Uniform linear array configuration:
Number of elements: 12
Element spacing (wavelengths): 0.75
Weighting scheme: cosine
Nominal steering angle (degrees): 45
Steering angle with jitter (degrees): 43.36
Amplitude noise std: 0.05
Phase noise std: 0.05

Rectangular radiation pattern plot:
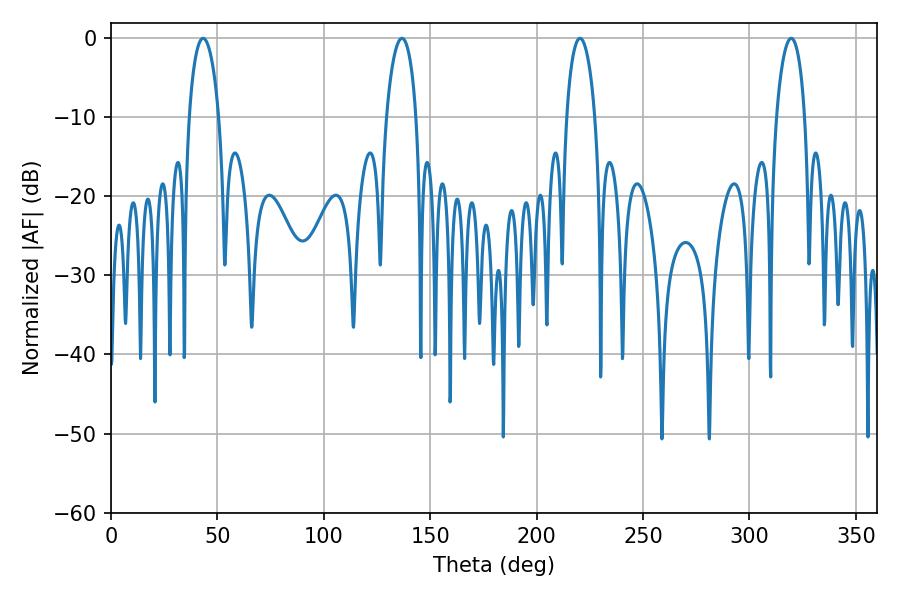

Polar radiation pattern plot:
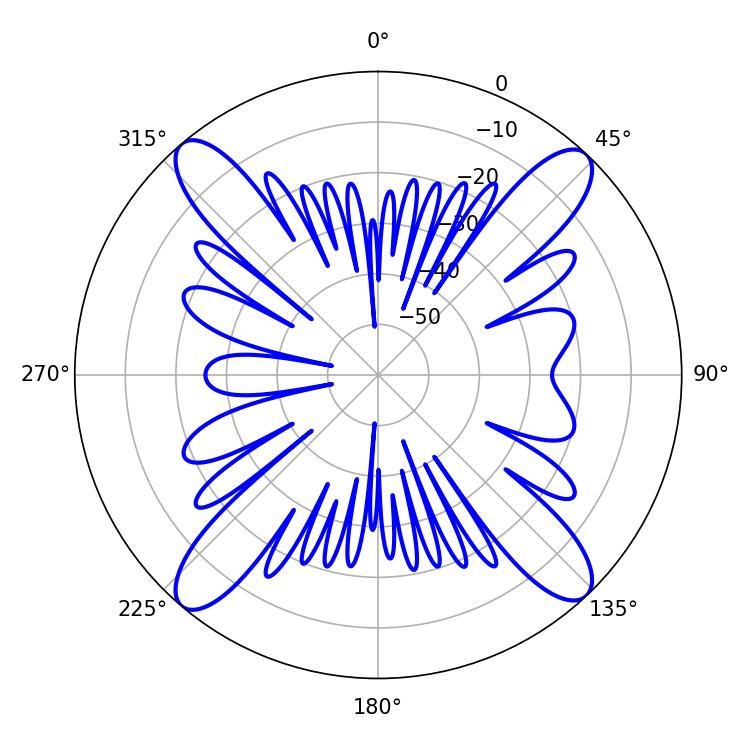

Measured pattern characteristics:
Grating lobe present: TRUE
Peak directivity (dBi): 19.506
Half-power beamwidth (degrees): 7.56
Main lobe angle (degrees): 220.32